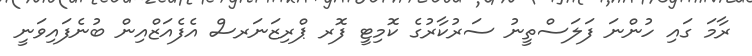
ރާމަ ގައި ހުންނަ ފަލަސްތީނު ސަރުކާރުގެ ކޮމިޓީ ފޮރ ޕްރިޒަނަރސް އެފެއަޒްއިން ބުނެފައިވަނީ